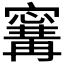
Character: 𭔝